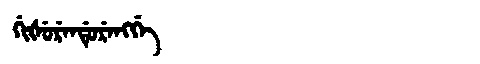
Manchu: ᡤᡳᡧᡠᡵᡝᠨᡩᡠᡵᡝᠩᡤᡝ
Romanization: GIŠURENDURENGGE